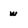
Character: w